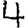
Digit: 4